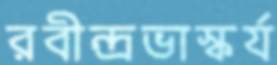
রবীন্দ্রভাস্কর্য